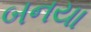
બનયા